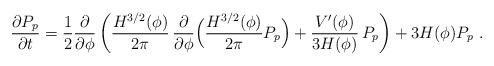
LaTeX: \begin{align*}\frac{\partial P_p}{\partial t} = \frac{1}{2} \frac{\partial }{\partial\phi} \left( \frac{H^{3/2}(\phi)}{2\pi}\, \frac{\partial }{\partial\phi}\Bigl( \frac{H^{3/2}(\phi)}{2\pi} P_p \Bigr) +\frac{V'(\phi)}{3H(\phi)} \, P_p\right) + 3H(\phi) P_p\ .\end{align*}